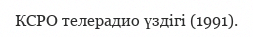
КСРО телерадио үздігі (1991).